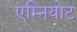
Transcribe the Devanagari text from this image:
एम्नियोट